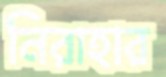
নিরাহার